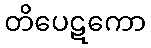
တိပေဋကော